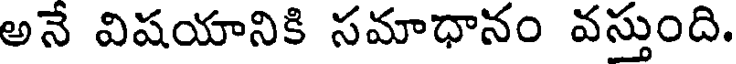
అనే విషయానికి సమాధానం వస్తుంది.